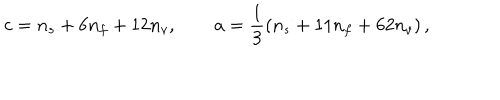
LaTeX: c = n _ { s } + 6 n _ { f } + 1 2 n _ { v } , \qquad a = \frac { 1 } { 3 } \left( n _ { s } + 1 1 n _ { f } + 6 2 n _ { v } \right) ,